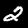
Label: 2